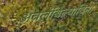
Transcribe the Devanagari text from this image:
अवलंबिल्याविना